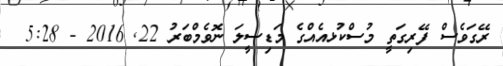
ރޭގަވެސް ފޭރިގަތީ މުސްކުޅއެއްގެ މަޑިސީލަ ނޮވެމްބަރު 22